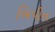
બિપીન